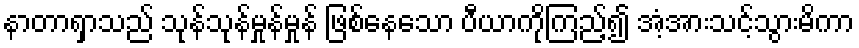
နာတာရှာသည် သုန်သုန်မှုန်မှုန် ဖြစ်နေသော ပီယာကိုကြည့်၍ အံ့အားသင့်သွားမိကာ